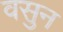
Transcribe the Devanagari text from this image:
वसुन